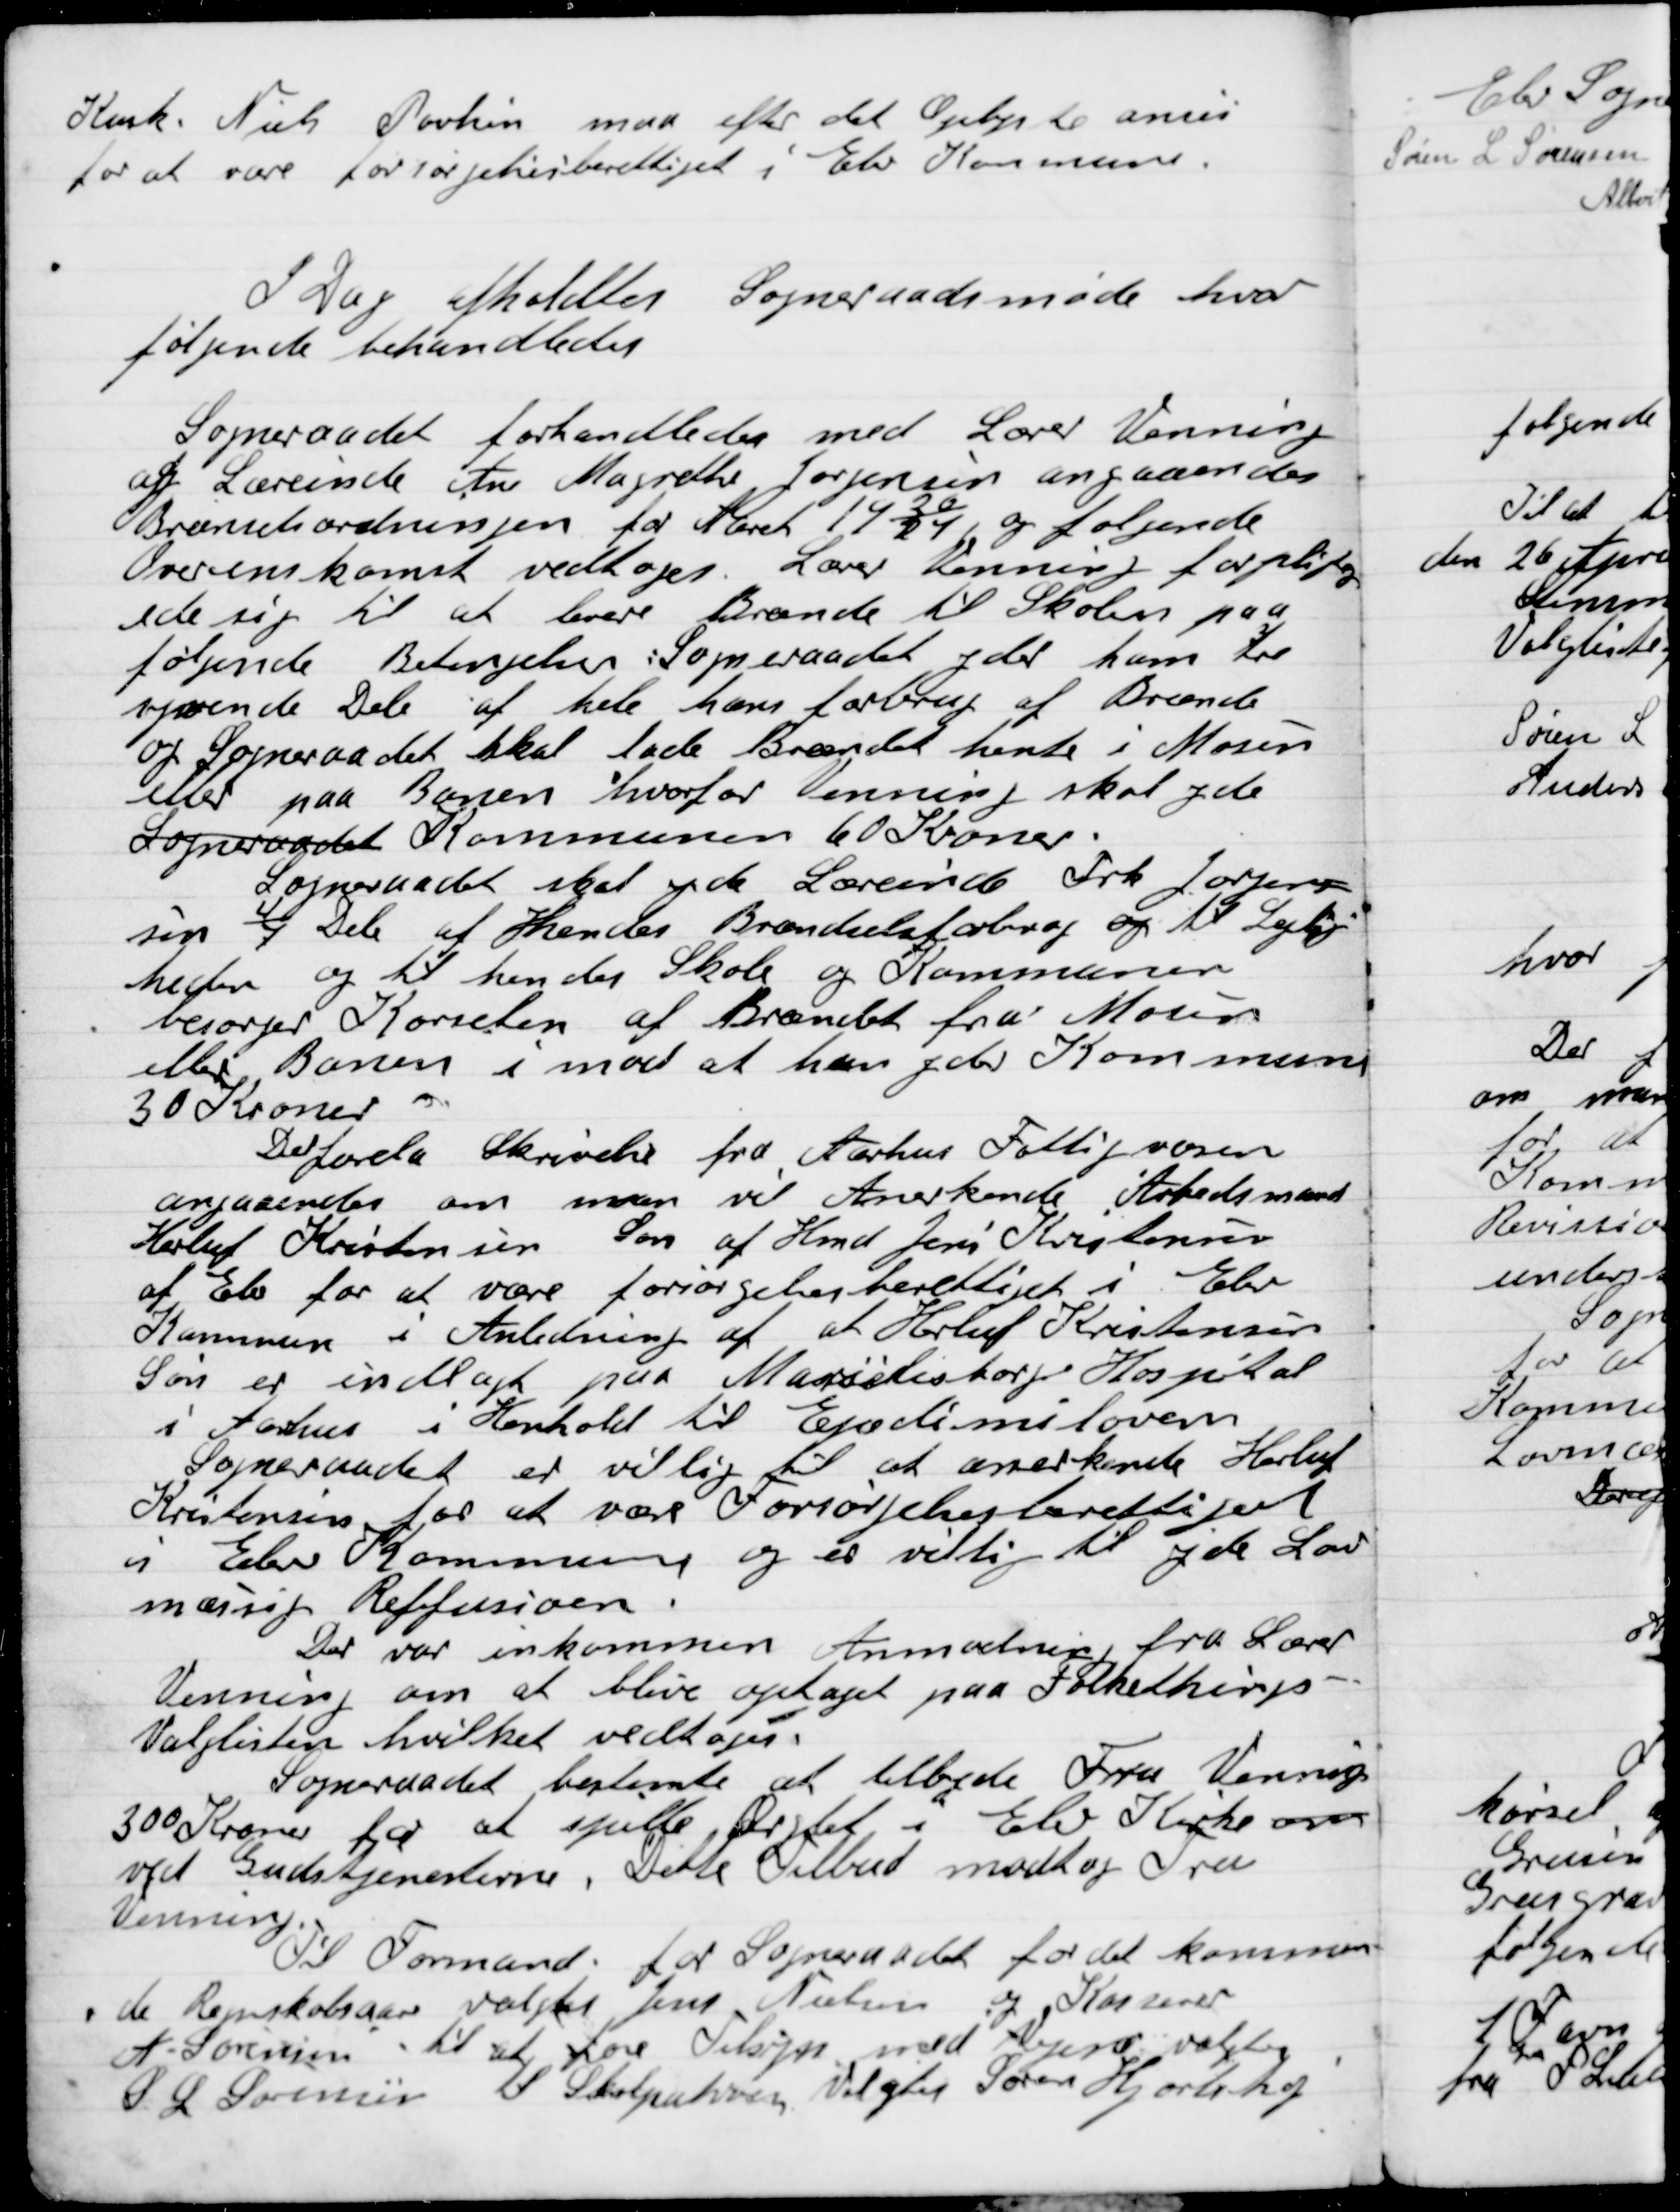
Transskription:
Kmk. Niels Poulsen maa efter det Oplyste anses
for at være forsørgelsesberettiget i Elev Kommune

I Dag afholdtes der Sogneraadet møde hvor
følgende Behandledes

Sogneraadet forhandlede med Lærer Venning
at Lærerinde Ane Margrethe Jørgensen angaande
Brændselsordningen for Aarene 1920/21 og følgende
Overenskomst vedtoges. Lærer Venning forpligte-
de sig til at bære brænde til Skolen paa
følgende Betingelser Sogneraadet yder ham tre
 Dele af hele hans forbrug af Brænde
og Sogneraadet skal lade Brændet hente i Mosen
eller paa Banen hvorfor Venning skal yde
Sogneraadet Kommunen 60 Kr.
Sogneraadet skal yde Lærerinde Frk. Jørgensen
sin 4/7 Dele af Hendes Brændselsforbrug og til Lejlig-
heden og til hendes Skole og Kommunen
besørger Kørslen af Brændet fra Mosen
eller Banen i mod at hun yder Kommunen
30 Kroner.

Der forelaa Skrivelse fra Aarhus Fattigvæsen
om man vil Anerkende Aastedsmand
Herluf Kristensens Søn af Hmd Jensen Kristensen
af Elev for at være forsørgelsesberettiget i Elev
Kommune i Anledning af at Herluf Kristensens
Søn er indlagt paa Marselisborg Hospital
I Aarhus i Henholdt til Epidemiloven.
Sogneraadet er villig til at anerkende Herluf
Kristensen for at være Forsørgelsesberettiget
i Elev Kommune og er villig til at yde Lov-
mæssig Reffusion.

Der var indkommen Anmodning fra Lærer
Venning om at blive optaget paa Folketings-
Valglisten hvilket vedtages.
Sogneraadet bestemte at tilbyde Fru Venning
300 Kroner for at spille Orgel i Elev Kirke om
ved Gudstjenesten. Dette Tilbud modtog Fru
Venning.
Til Formand for Sogneraadet for det kommen-
de Regnskabsaar valgtes Jens Nielsen og Kassere
A. Sørensen til at føre Tilsyn med Vejene valgtes
S. L. Sørensen til Skolepatronen Valgtes Søren Hjortshøj.